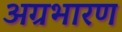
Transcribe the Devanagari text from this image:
अग्रभारण